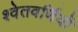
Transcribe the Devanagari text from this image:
श्वेतवर्णियों